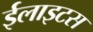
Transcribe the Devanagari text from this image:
ईलाइटस